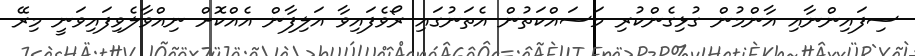
ސިފައިންނާއި އާންމުން ގުޅިގެންކުރި މަސައްކަތުން އެތަނުގައި ރޯވެފައިވާ އަލިފާން އެއްކޮށް ނިއްވާލެވިފައިވަނީ މިރޭ